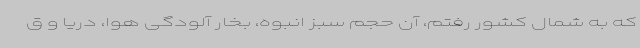
که به شمال کشور رفتم، آن حجم سبز انبوه، بخار آلودگی هوا، دریا و ق